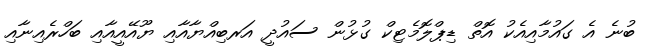
ބުނެ އެ ގައުމާއިއެކު އޮތް ޑިޕްލޮމެޓިކް ގުޅުން ސައުދީ އަރބިއްޔާއާއި ޔޫއޭއީއާއި ބަހްރެއިނާއި